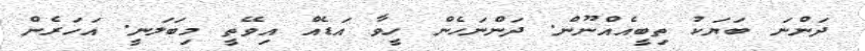
ދަންނަ ބަޔަކު ތިބީއެއްނޫން. ދަންނަހެން ހީވާ އަޑެއް އިވޭތީ މިބަލަނީ. އަހަރެން